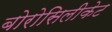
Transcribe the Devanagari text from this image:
बोरोसिलीकेट